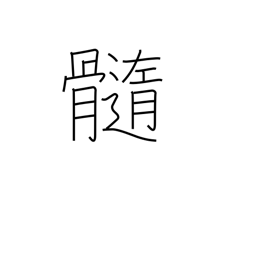
Meaning: marrow